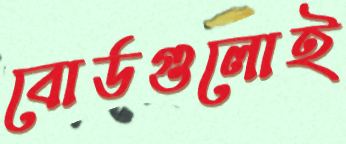
বোর্ডগুলোই